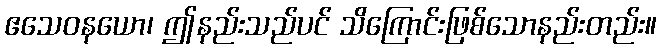
ဧသေဝနယော၊ ဤနည်းသည်ပင် သိကြောင်းဖြစ်သောနည်းတည်း။